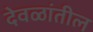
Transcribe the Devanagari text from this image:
देवळांतील